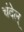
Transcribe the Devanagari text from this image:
चंदेल्